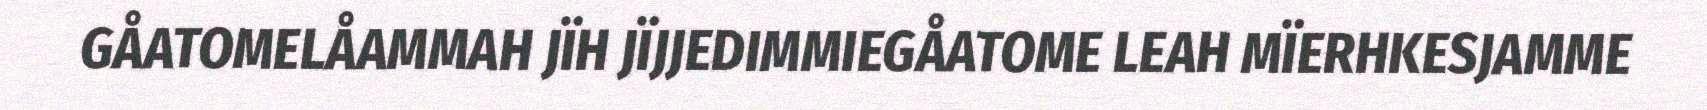
GÅATOMELÅAMMAH JÏH JÏJJEDIMMIEGÅATOME LEAH MÏERHKESJAMME